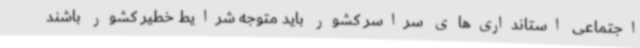
اجتماعی استانداری‌های سراسر کشور باید متوجه شرایط خطیر کشور باشند